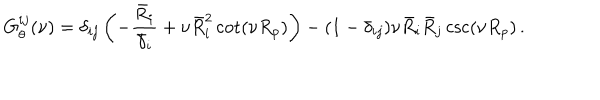
LaTeX: G _ { \theta } ^ { i j } ( \nu ) = \delta _ { i j } \left( - \frac { \bar { R } _ { i } } { \bar { \gamma } _ { i } } + \nu \bar { R } _ { i } ^ { 2 } \cot ( \nu R _ { p } ) \right) - ( 1 - \delta _ { i j } ) \nu \bar { R } _ { i } \bar { R } _ { j } \csc ( \nu R _ { p } ) \, .